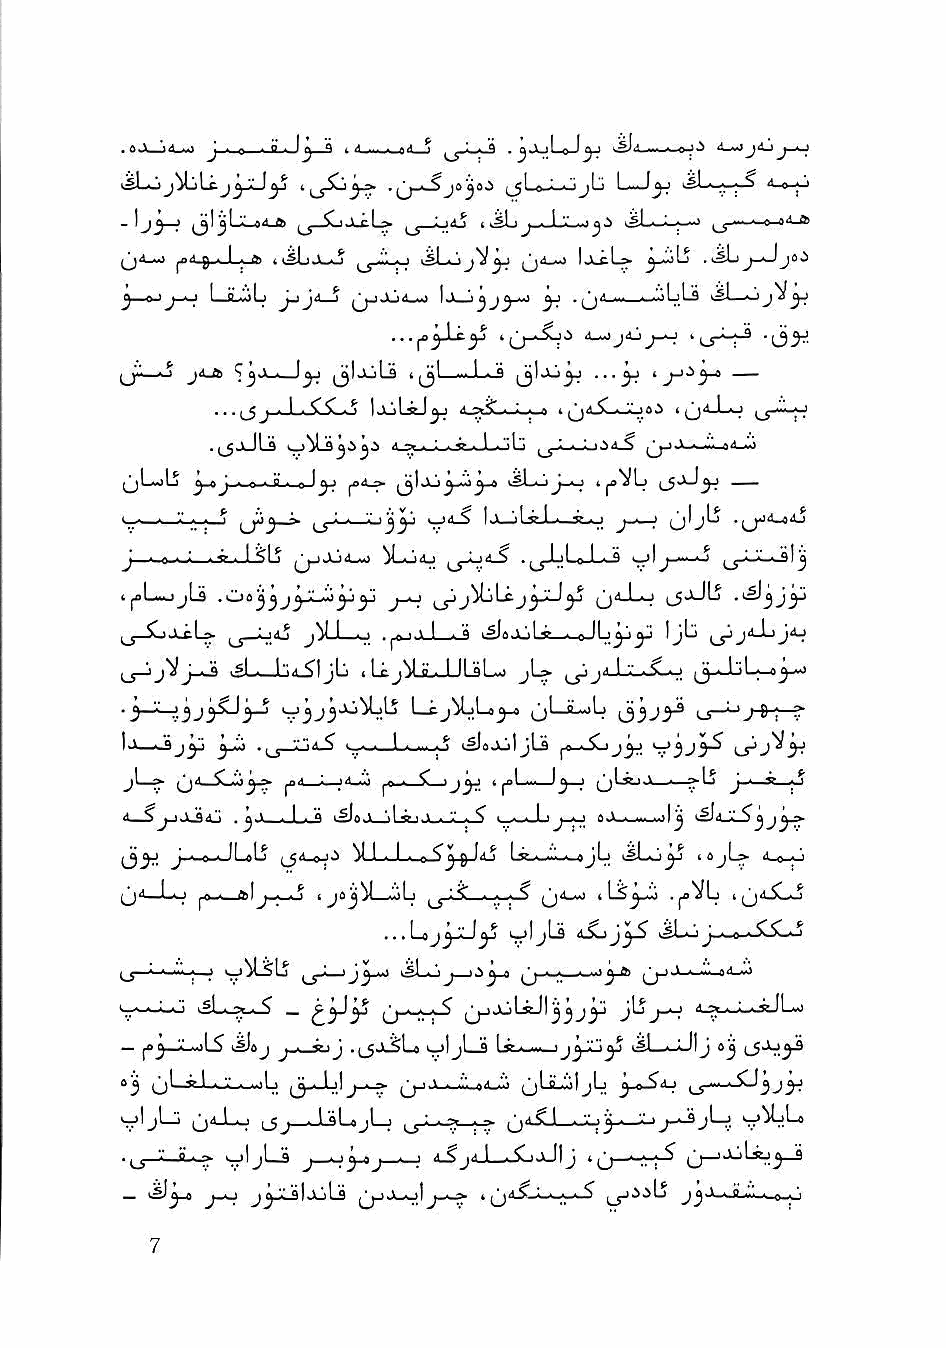
.ti> 'ill "1 j-^-e g n ^ t It .eJ—J ^^.^->-9 >^11 e 4_wj4:^
 ksLoj^Lij^jJ^            ^_gL^'- -'.'jb L—J^ vSI— ■<»1 1
 -I    jl '»' ft C 1 JijUai I ^■-l.'-"...> kSLw^—> ^ a
 ^j4_»o jjil j I I I ft> iiSLj—o isLojV^ (j^-^ ^-^Lj .^sLij-Jjoi
 ijl > ijVjj
 ji-to   yj (jljjLs I -J->3          —
 ...^_5^^-i-l_i.5L5Lo IjljLsJ^ L;-i» 1 ^d.5Li>-^s^ i^4_Lo ^^-ii-|ij
 .^jJLs      4-^..i-Jw>j--.J--"ilj
 ijLoU j-»J ■ 0 ■ a. ply   ^sL—I 1
 >_«—■—          ^3^ V-^ Ij-jLy-L- JL.i.j (jljLj
 J     ^S-J-SLj   M-oO ^j-Lj4_S .^jJjLo_L_S >^I^- • j
 t|tfL.»jjL9   ^ ^ J—-I j)L}[aJ yxJ^ q4 I,. I (__5jJLj
 (J—^XcL> ^j_J_iij I ,o .J«jjj__._9 . o.lLj^jJ Ijb ^jd-LJaj
 (_j-jj^J_^ i^L._bd^| jb . 1 ^ jM O . I II al ..1 jL;> ^ ji)-L;-.i>-« I o^--J
 • ^—               L^j^L»^_4 ^jl if i.'b i_s~^J""6"1—^
 i.>—ijjy  ^ "~A^' ^- ■ ! ^ ksJexiijLs f Ijy
 «   I J        J ■ 4 I *
 iS     , -1 ' I ■ tt i^a            1^
 J '-^'Jbftlj M 1 . I . p, j) ^ '■»jb ^^bo^ 1 0 jL^ d p, . <
 (jd —Lo ^0 » ftll           jd_^    .^Vb t^d.5Lo
 I a^( Jab
 ...Loj^JjJ^ jlj iSjj^ ijboJ,._a
 iSLiAi.S _ ^yj'^ (j_._A_^ jjjJuLaJl^^j^ j[Sj-i-i d^._;_._f.lL>i
 — jflj '.' ..)L^ kSJaj j_.^,i J .jJJ^La oljLfl J djj
 0^ QL-gl.._V_._i..jLi j--~» . .M.od..V. (jbualjb y-<^i->
 yljL-i Qd-Lo ^j_JiLjLj                   V^b>
 ■ V-B..-^ k_)ljL_3 J 0^J_>_J d_Sjd_l__.X ijJIj 'u—-rrt^ U"^